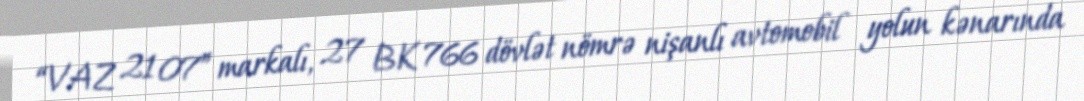
“VAZ 21 07” markalı, 27 BK 766 dövlət nömrə nişanlı avtomobil yolun kənarında